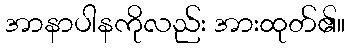
အာနာပါနကိုလည်း အားထုတ်၏။